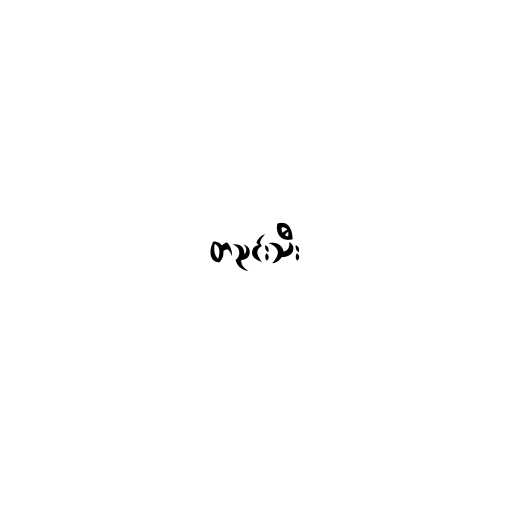
တညင်းသီး